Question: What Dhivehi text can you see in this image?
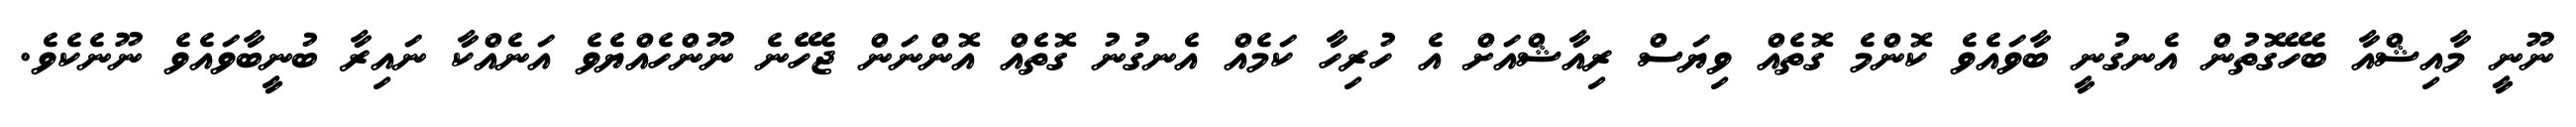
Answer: ނޫނީ މާއިޝްއާ ބެހޭގޮތުން އެނގުނީ ބާވައެވެ ކޮންމެ ގޮތެއް ވިޔަސް ރިއާޝްއަށް އެ ހުރިހާ ކަމެއް އެނގުނު ގޮތެއް އޮންނަން ޖެހޭނެ ނޫންހެއްޔެވެ އަނެއްކާ ނައިރާ ބުނީބާވައެވެ ނޫނެކެވެ.